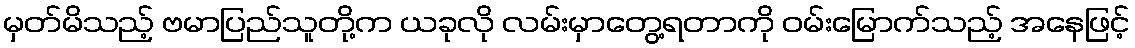
မှတ်မိသည့် ဗမာပြည်သူတို့က ယခုလို လမ်းမှာတွေ့ရတာကို ဝမ်းမြောက်သည့် အနေဖြင့်